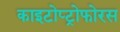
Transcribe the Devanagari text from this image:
काइटोप्ट्रोफोरस